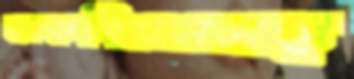
ডাকপিয়নসহ